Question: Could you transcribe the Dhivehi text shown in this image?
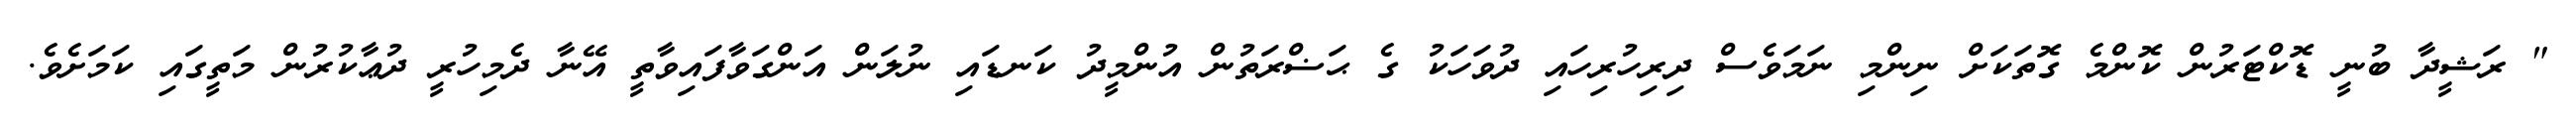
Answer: " ރަޝީދާ ބުނީ ޑޮކްޓަރުން ކޮންމެ ގޮތަކަށް ނިންމި ނަމަވެސް ދިރިހުރިހައި ދުވަހަކު ގެ ޙަޟްރަތުން އުންމީދު ކަނޑައި ނުލަން އަންގަވާފައިވާތީ އޭނާ ދެމިހުރީ ދުޢާކުރުން މަތީގައި ކަމަށެވެ.